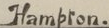
Hambton.